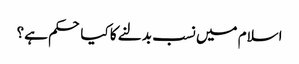
اسلام میں نسب بدلنے کا کیا حکم ہے؟